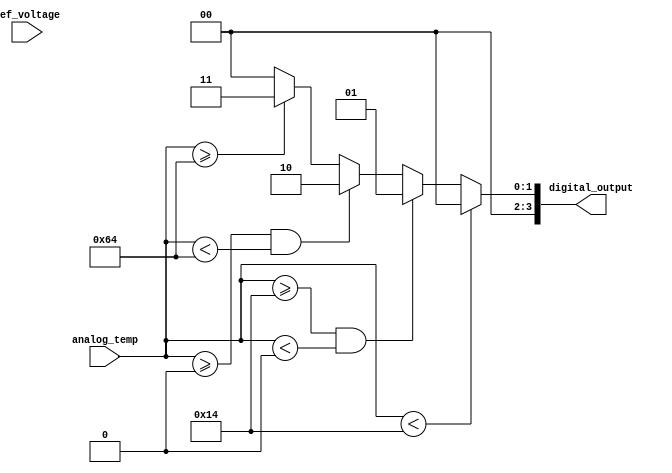
module thermal_encoder (
    input [7:0] analog_temp,  // 8-bit analog temperature signal
    input [7:0] ref_voltage,   // Reference voltage (unused in this simple design)
    output reg [3:0] digital_output // 4-bit digital output
);

// Temperature range thresholds
parameter TEMP_NEG20 = 8'd20; // -20C
parameter TEMP_0   = 8'd0;      // 0C
parameter TEMP_100 = 8'd100;    // 100C

always @(*) begin
    // Default to zero
    digital_output = 4'b0000;

    // Encoding logic based on temperature ranges
    if (analog_temp < TEMP_NEG20) begin
        digital_output = 4'b0000; // Below -20C
    end
    else if (analog_temp >= TEMP_NEG20 && analog_temp < TEMP_0) begin
        digital_output = 4'b0001; // -20C to 0C
    end
    else if (analog_temp >= TEMP_0 && analog_temp < TEMP_100) begin
        digital_output = 4'b0010; // 0C to 100C
    end
    else if (analog_temp >= TEMP_100) begin
        digital_output = 4'b0011; // Above 100C
    end
end

endmodule